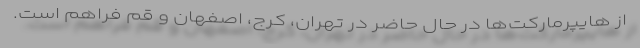
از هایپرمارکت‌ها در حال حاضر در تهران، کرج، اصفهان و قم فراهم است.